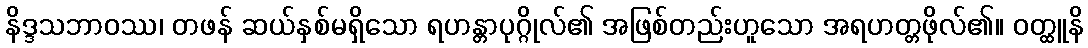
နိဒ္ဒသဘာဝဿ၊ တဖန် ဆယ်နှစ်မရှိသော ရဟန္တာပုဂ္ဂိုလ်၏ အဖြစ်တည်းဟူသော အရဟတ္တဖိုလ်၏။ ဝတ္ထူနိ